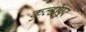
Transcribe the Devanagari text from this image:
कुल्हीपुर